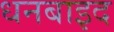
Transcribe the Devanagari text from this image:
धनबाइद